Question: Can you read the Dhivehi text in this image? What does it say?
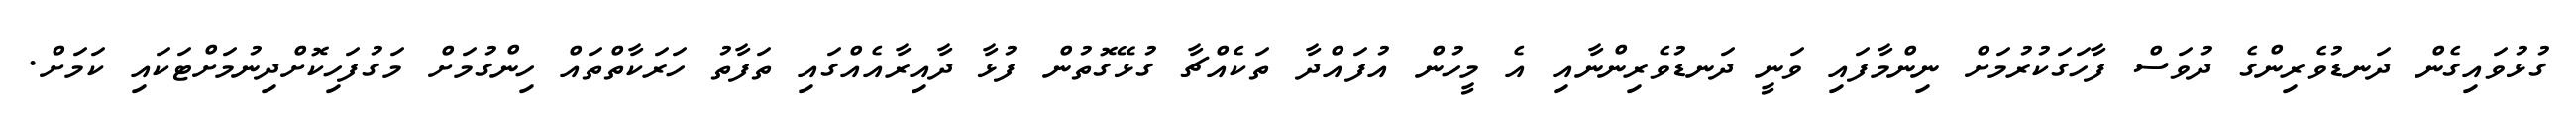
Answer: ގުޅުވައިގެން ދަނޑުވެރިންގެ ދުވަސް ފާހަގަކުރުމަށް ނިންމާފައި ވަނީ ދަނޑުވެރިންނާއި އެ މީހުން އުފައްދާ ތަކެއްޗާ ގުޅޭގޮތުން ފުޅާ ދާއިރާއެއްގައި ތަފާތު ހަރަކާތްތައް ހިންގުމަށް މަގުފަހިކޮށްދިނުމަށްޓަކައި ކަމަށް.